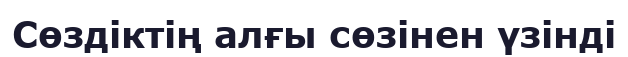
Сөздіктің алғы сөзінен үзінді